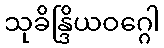
သုခိန္ဒြိယဝဂ္ဂေါ